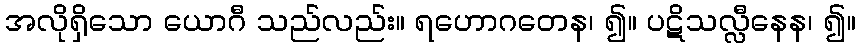
အလိုရှိသော ယောဂီ သည်လည်း။ ရဟောဂတေန၊ ၍။ ပဋိသလ္လီနေန၊ ၍။